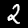
Label: 2